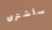
سأشترى